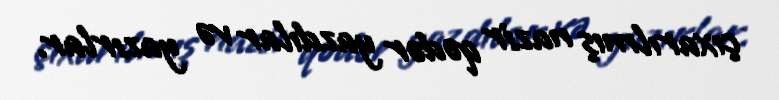
çıxarılmış nazir qədər yazdılar və yazırlar.